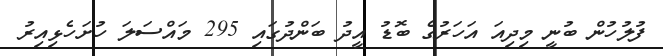
ފުލުހުން ބުނީ މިދިއަ އަހަރުގެ ބޮޑު އީދު ބަންދުގައި 295 މައްސަލަ ހުށަހެޅިއިރު